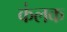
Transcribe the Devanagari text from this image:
कंलक